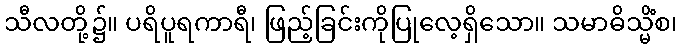
သီလတို့၌။ ပရိပူရကာရီ၊ ဖြည့်ခြင်းကိုပြုလေ့ရှိသော။ သမာဓိသ္မိံစ၊